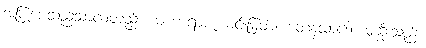
အပြုပေသည်သာလတည်း။ မဟာရာဇ၊ မင်းမြတ်။ တေနသာဒေါ၊ မုဆိုးသည်။